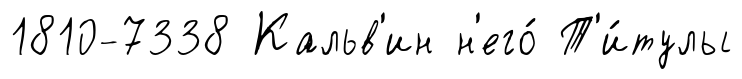
1810-7338 Кальв'ин н'его́ Т'и́тулы